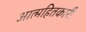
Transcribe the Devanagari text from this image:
आत्महितकारी